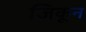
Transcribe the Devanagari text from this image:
जिकून